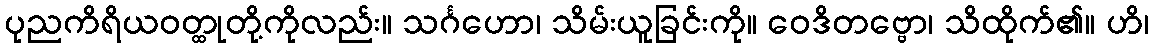
ပုညကိရိယဝတ္ထုတို့ကိုလည်း။ သင်္ဂဟော၊ သိမ်းယူခြင်းကို။ ဝေဒိတဗ္ဗော၊ သိထိုက်၏။ ဟိ၊